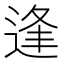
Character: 逢